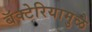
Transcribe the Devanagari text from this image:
बॅक्टेरियामुळे